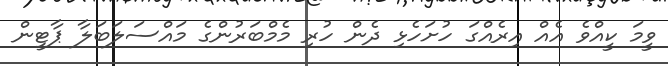
ވީމަ ކީއްވެ އެއް އިރެއްގަ ހުށަހެޅި ދެން ހުރި މެމްބަރުންގެ މައްސަލަބަލާ ޕާޓީން